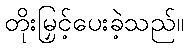
တိုးမြှင့်ပေးခဲ့သည်။